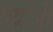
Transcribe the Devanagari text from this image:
पत्रांनी